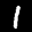
Label: 1